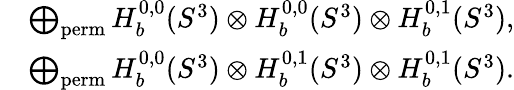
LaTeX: \begin{array}{rl}&{\bigoplus_{\mathrm{perm}}H_{b}^{0,0}(S^{3})\otimes H_{b}^{0,0}(S^{3})\otimes H_{b}^{0,1}(S^{3}),}\\ &{\bigoplus_{\mathrm{perm}}H_{b}^{0,0}(S^{3})\otimes H_{b}^{0,1}(S^{3})\otimes H_{b}^{0,1}(S^{3}).}\end{array}